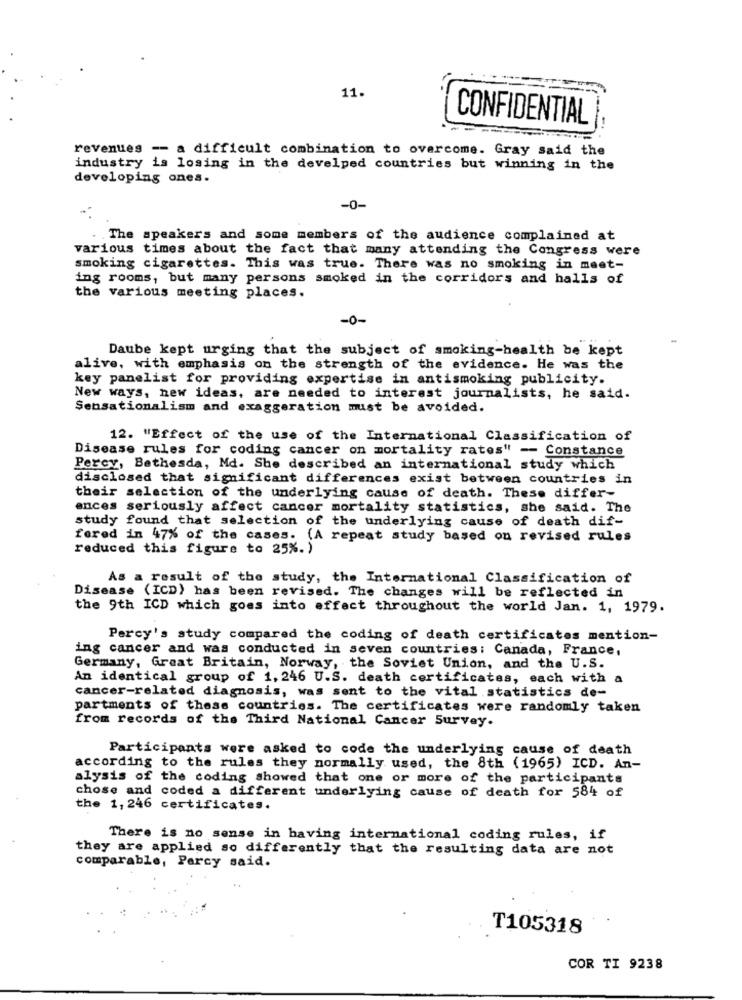
11.
CONFIDENTIAL
revenues -- a difficult combination to overcome. Gray said the
industry is losing in the develped countries but winning in the
developing ones.
-0-
.The speakers and some members of the audience complained at
various times about the fact that many attending the Congress were
smoking cigarettes. This was true. There was no smoking in meet-
ing rooms, but many persons smoked in the corridors and halls of
the various meeting places.
-0-
Daube kept urging that the subject of smoking-health be kept
alive, with emphasis on the strength of the evidence. He was the
key panelist for providing expertise in antismoking publicity.
New ways, new ideas, are needed to interest journalists, he said.
Sensationalism and exaggeration must be avoided.
12. "Effect of the use of the International Classification of
Disease rules for coding cancer on mortality rates" -- Constance
Percy, Bethesda, Md. She described an international study which
disclosed that significant differences exist between countries in
their selection of the underlying cause of death. These differ-
ances seriously affect cancer mortality statistics, she said. The
study found that selection of the underlying cause of death dif-
fered in 47% of the cases. (A repeat study based on revised rules
reduced this figure to 25%. )
As a result of the study, the International Classification of
Disease (ICD) has been revised. The changes will be reflected in
the 9th ICD which goes into effect throughout the world Jan. 1, 1979.
Percy's study compared the coding of death certificates mention-
ing cancer and was conducted in seven countries: Canada, France,
Germany, Great Britain, Norway, the Soviet Union, and the U.S.
An identical group of 1, 246 U.S. death certificates, each with a
cancer-related diagnosis, was sent to the vital statistics de-
partments of these countries. The certificates were randomly taken
from records of the Third National Cancer Survey.
Participants were asked to code the underlying cause of death
according to the rules they normally used, the 8th (1965) ICD. An-
alysis of the coding showed that one or more of the participants
chose and coded a different underlying cause of death for 584 of
the 1, 246 certificates.
There is no sense in having international coding rules, if
they are applied so differently that the resulting data are not
comparable, Percy said.
T105318
COR TI 9238